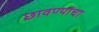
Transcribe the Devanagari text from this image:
छावण्यांचा